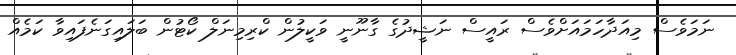
ނަމަވެސް މިއަދާހަމައަށްވެސް ރައީސް ނަޝީދުގެ ގާނޫނީ ވަކީލުން ކްރިމިނަލް ކޯޓުން ބަލައިގަނެފައިވާ ކަމެއް